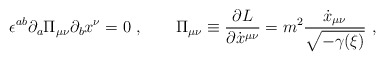
\begin{align*}\epsilon^{ab}\partial_a \Pi_{\mu\nu}\partial_b x^\nu=0\ ,\qquad\Pi_{\mu\nu}\equiv {\partial L\over\partial\dot x^{\mu\nu}}=m^2{\dot x_{\mu\nu}\over\sqrt{-\gamma({\xi})}}\ ,\end{align*}